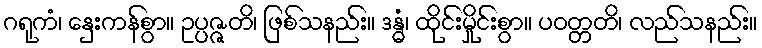
ဂရုကံ၊ နှေးကန်စွာ။ ဥပ္ပဇ္ဇတိ၊ ဖြစ်သနည်း။ ဒန္ဓံ၊ ထိုင်းမှိုင်းစွာ။ ပဝတ္တတိ၊ လည်သနည်း။